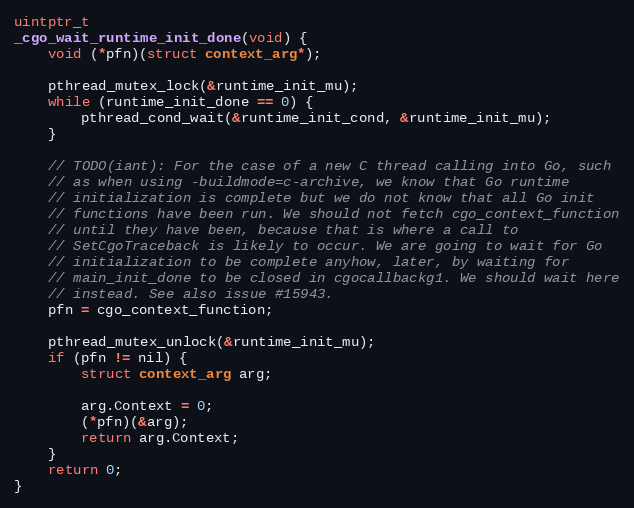
Language: C
uintptr_t
_cgo_wait_runtime_init_done(void) {
	void (*pfn)(struct context_arg*);

	pthread_mutex_lock(&runtime_init_mu);
	while (runtime_init_done == 0) {
		pthread_cond_wait(&runtime_init_cond, &runtime_init_mu);
	}

	// TODO(iant): For the case of a new C thread calling into Go, such
	// as when using -buildmode=c-archive, we know that Go runtime
	// initialization is complete but we do not know that all Go init
	// functions have been run. We should not fetch cgo_context_function
	// until they have been, because that is where a call to
	// SetCgoTraceback is likely to occur. We are going to wait for Go
	// initialization to be complete anyhow, later, by waiting for
	// main_init_done to be closed in cgocallbackg1. We should wait here
	// instead. See also issue #15943.
	pfn = cgo_context_function;

	pthread_mutex_unlock(&runtime_init_mu);
	if (pfn != nil) {
		struct context_arg arg;

		arg.Context = 0;
		(*pfn)(&arg);
		return arg.Context;
	}
	return 0;
}